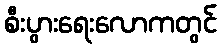
စီးပွားရေးလောကတွင်